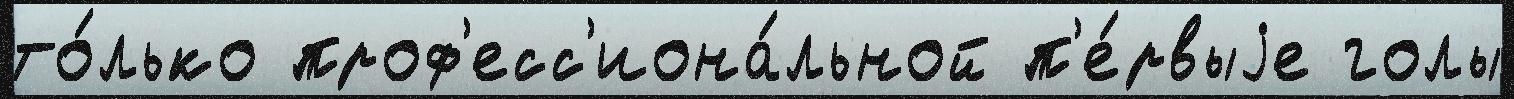
то́лько проф'есс'иона́льной п'е́рвыjе голы